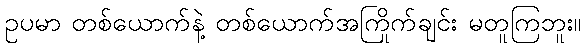
ဥပမာ တစ်ယောက်နဲ့ တစ်ယောက်အကြိုက်ချင်း မတူကြဘူး။